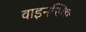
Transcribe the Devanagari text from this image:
वाइनस्किन